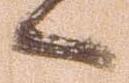
候